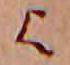
歟